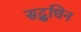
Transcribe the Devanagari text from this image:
सद्रुधिन